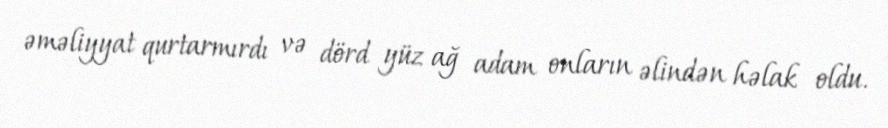
əməliyyat qurtarmırdı və dörd yüz ağ adam onların əlindən həlak oldu.